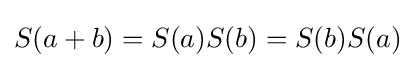
S(a+b)=S(a)S(b)=S(b)S(a)